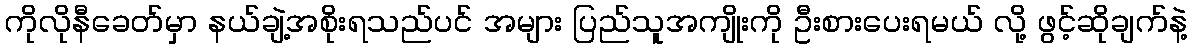
ကိုလိုနီခေတ်မှာ နယ်ချဲ့အစိုးရသည်ပင် အများ ပြည်သူအကျိုးကို ဦးစားပေးရမယ် လို့ ဖွင့်ဆိုချက်နဲ့